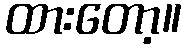
ထားတော့။